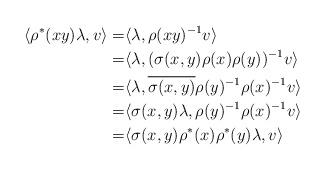
LaTeX: \begin{align*}\langle\rho^*(xy)\lambda,v\rangle=& \langle\lambda,\rho(xy)^{-1}v\rangle\\=&\langle\lambda,(\sigma(x,y)\rho(x)\rho(y))^{-1}v\rangle\\=&\langle\lambda,\overline{\sigma(x,y)} \rho(y)^{-1}\rho(x)^{-1}v\rangle\\=&\langle\sigma(x,y)\lambda, \rho(y)^{-1}\rho(x)^{-1}v\rangle\\=&\langle\sigma(x,y)\rho^*(x)\rho^*(y)\lambda,v\rangle \end{align*}